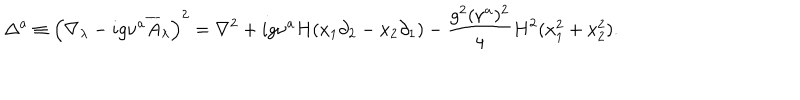
LaTeX: \Delta ^ { a } \equiv \left( \nabla _ { \lambda } - i g \nu ^ { a } \overline { { { A } } } _ { \lambda } \right) ^ { 2 } = \nabla ^ { 2 } + i g \nu ^ { a } H ( x _ { 1 } \partial _ { 2 } - x _ { 2 } \partial _ { 1 } ) - { \frac { g ^ { 2 } ( \nu ^ { a } ) ^ { 2 } } { 4 } } H ^ { 2 } ( x _ { 1 } ^ { 2 } + x _ { 2 } ^ { 2 } ) .